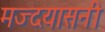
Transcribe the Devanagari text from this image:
मज्दयासनी